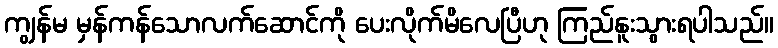
ကျွန်မ မှန်ကန်သောလက်ဆောင်ကို ပေးလိုက်မိလေပြီဟု ကြည်နူးသွားရပါသည်။